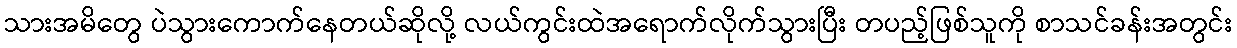
သားအမိတွေ ပဲသွားကောက်နေတယ်ဆိုလို့ လယ်ကွင်းထဲအရောက်လိုက်သွားပြီး တပည့်ဖြစ်သူကို စာသင်ခန်းအတွင်း